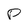
Character: P